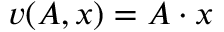
v ( A , x ) = A \cdot x